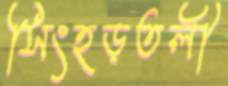
সিংহড়তলী